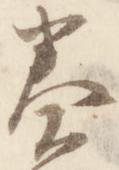
奏